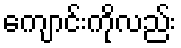
ကျောင်းကိုလည်း